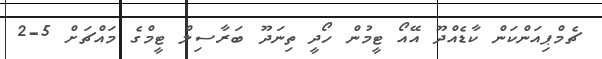
ޗެމްޕިއަންކަން ކާޑެއްދޫ އޭއޯ ޓީމުން ހޯދީ ތިނަދޫ ބަރާސިލް ޓީމްގެ މައްޗަށް 5-2